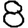
Digit: 8